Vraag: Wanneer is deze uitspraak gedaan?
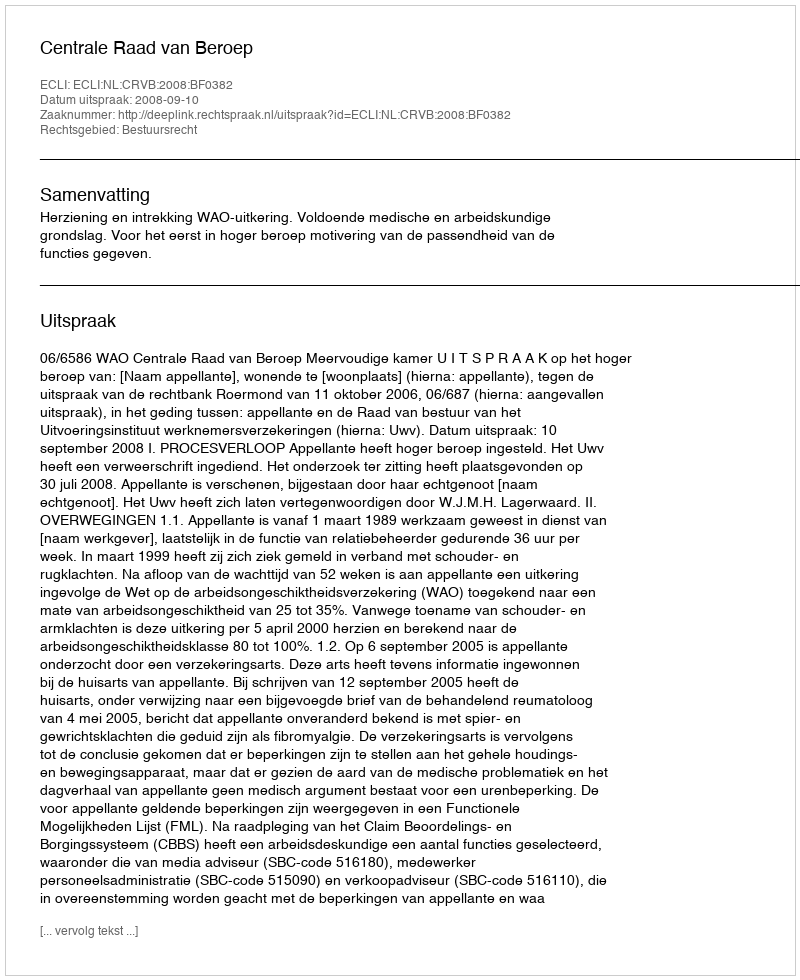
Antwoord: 2008-09-10